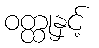
ဝတ္ထုနှင့်